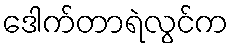
ဒေါက်တာရဲလွင်က